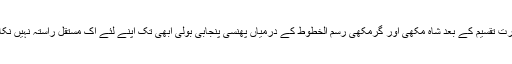
پاک بھارت تقسیم کے بعد شاہ مکھی اور گرمکھی رسم الخطوط کے درمیاں پھنسی پنجابی بولی ابھی تک اپنے لئے اک مستقل راستہ نہیں نکال سکی۔